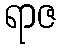
ရာဇ